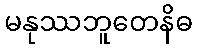
မနုဿဘူတေနိဓ